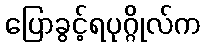
ပြောခွင့်ရပုဂ္ဂိုလ်က